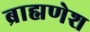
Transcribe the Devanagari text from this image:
ब्राह्मणेश